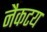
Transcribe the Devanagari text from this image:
नैकटय